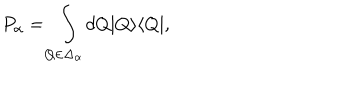
P _ { \alpha } = \int _ { Q \in \Delta _ { \alpha } } d Q | Q \rangle \langle Q | ,